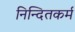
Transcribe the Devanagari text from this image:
निन्दितकर्म